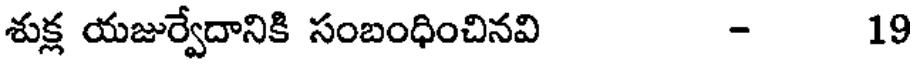
శుక్ల యజుర్వేదానికి సంబంధించినవి - 19